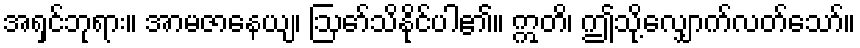
အရှင်ဘုရား။ အာမဇာနေယျ၊ ဩော်သိနိုင်ပါ၏။ ဣတိ၊ ဤသို့လျှောက်လတ်သော်။